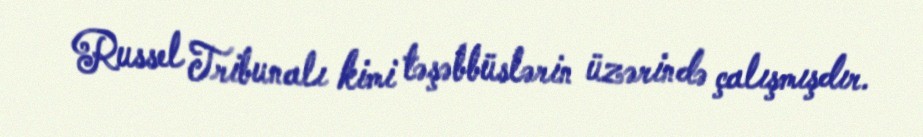
Russel Tribunalı kimi təşəbbüslərin üzərində çalışmışdır.